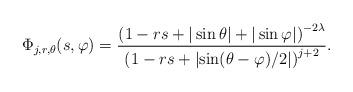
LaTeX: \begin{align*} \Phi_{j,r,\theta}(s,\varphi) =\frac{\left(1-rs+|\sin\theta|+|\sin\varphi|\right)^{-2\lambda}}{\left(1-rs+\left|\sin(\theta-\varphi)/2\right|\right)^{j+2}}.\end{align*}